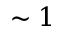
\sim 1